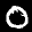
Label: 0